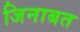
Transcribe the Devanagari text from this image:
जिनाबत